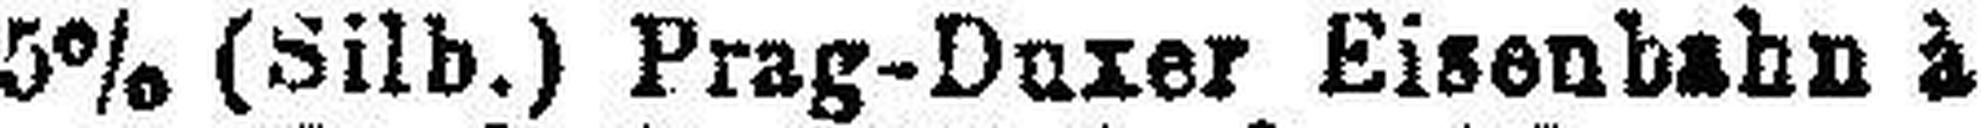
5% (Silb.) Prag-Duzer Eisenbahn à